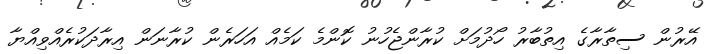
އޭރުން ސިތާރާގެ އިތުބާރު ހޯދުމަށް ކުރާންޖެހުނު ކޮންމެ ކަމެއް އަހަރެން ކުރާނަން އިރާދަކުރެއްވިއްޔާ